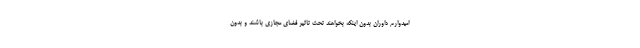
امیدوارم داوران بدون اینکه بخواهند تحت تاثیر فضای مجازی باشند و بدون